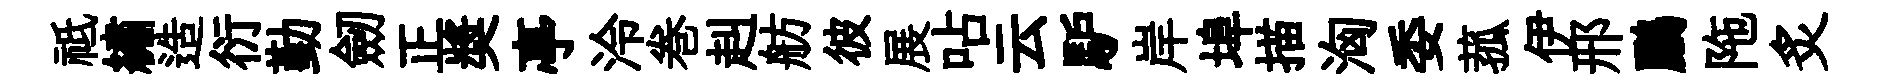
祗繡造衍勤劒正奬亭泠巻赳舫彼展呫云馿岸埠描洶委菰伊邢鸝陁炙